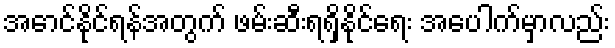
အောင်နိုင်ရန်အတွက် ဖမ်းဆီးရရှိနိုင်ရေး အပေါက်မှာလည်း